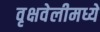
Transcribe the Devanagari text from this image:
वृक्षवेलीमध्ये